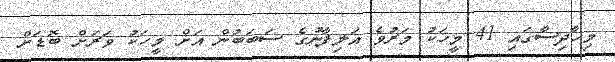
މިހާދިސާގައި 41 މީހަކު މަރުވެ އަލިފާނުގެ ސަބަބުން އަށް މީހަކު ވަރަށް ބޮޑަށް